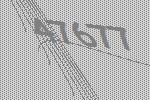
47677